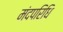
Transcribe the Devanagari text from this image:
मंदपरिधि